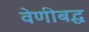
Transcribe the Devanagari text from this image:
वेणीबद्ध